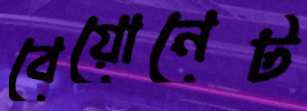
বেয়োনেট